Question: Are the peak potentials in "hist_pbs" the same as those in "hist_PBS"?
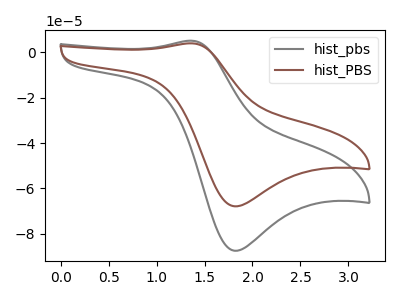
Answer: <think>The gray curve "hist_pbs" has an anodic peak at (1.35V, 5.15uA) and a cathodic peak at (1.80V, -87.55uA). The brown curve "hist_PBS" has an anodic peak at (1.35V, 4.00uA) and a cathodic peak at (1.80V, -67.90uA).</think>
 <answer>Yes, "hist_pbs" have a peak in "hist_PBS" at the same potential.</answer>
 <eval>match</eval>